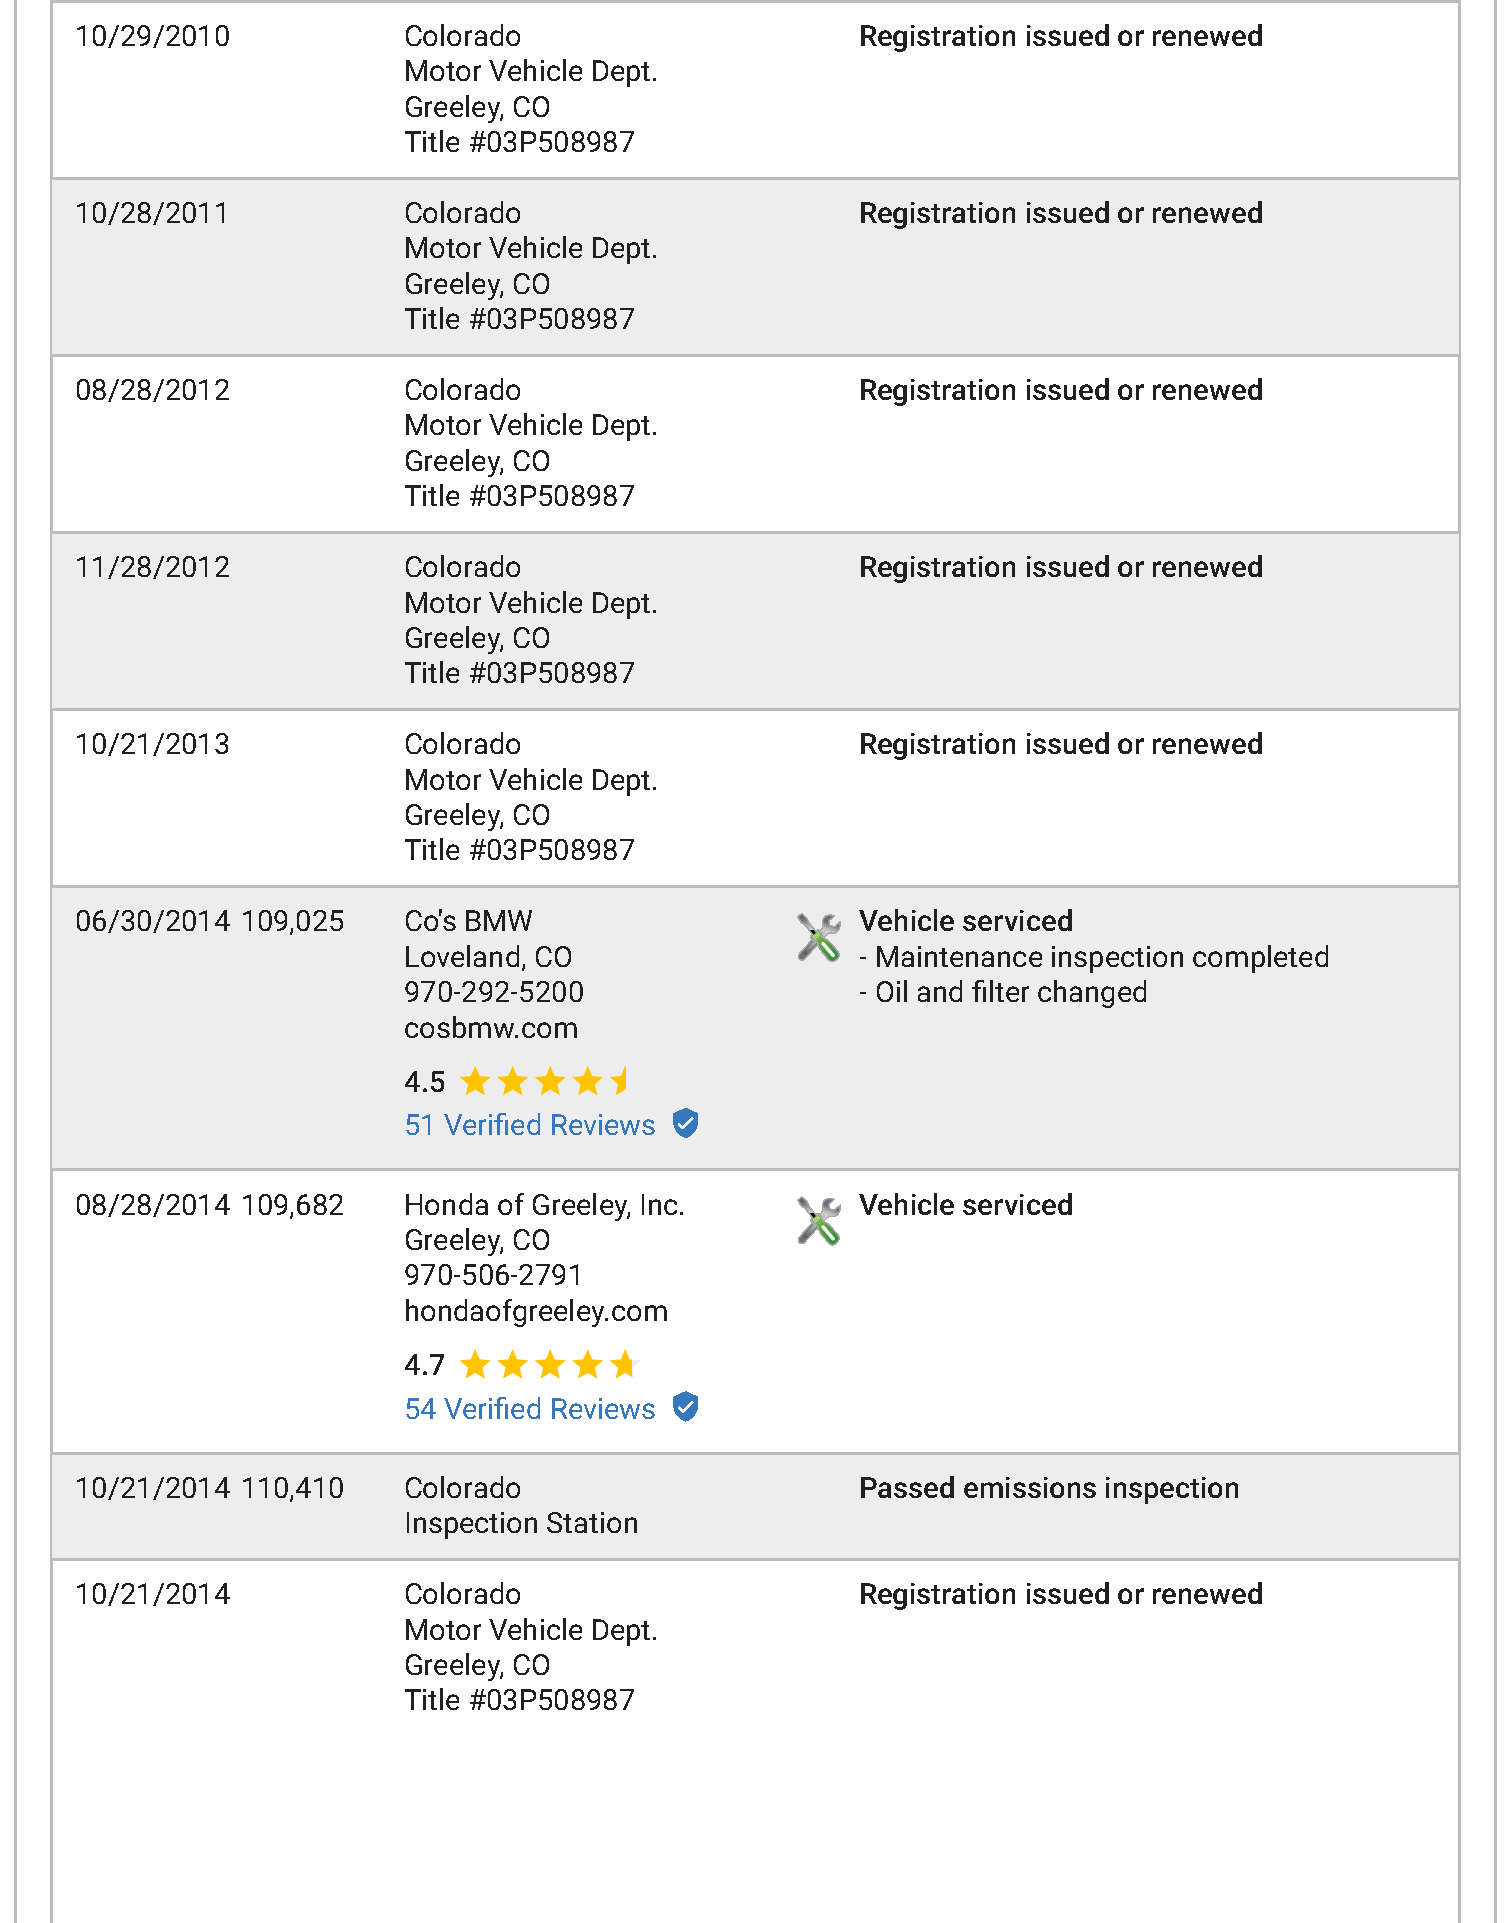
10/29/2010            Colorado                      Registration issued or renewed
 Motor Vehicle Dept.
 Greeley, CO
 Title #03P508987
 10/28/2011            Colorado                      Registration issued or renewed
 Motor Vehicle Dept.
 Greeley, CO
 Title #03P508987
 08/28/2012            Colorado                      Registration issued or renewed
 Motor Vehicle Dept.
 Greeley, CO
 Title #03P508987
 11/28/2012            Colorado                      Registration issued or renewed
 Motor Vehicle Dept.
 Greeley, CO
 Title #03P508987
 10/21/2013            Colorado                      Registration issued or renewed
 Motor Vehicle Dept.
 Greeley, CO
 Title #03P508987
 06/30/2014 109,025    Co's BMW                      Vehicle serviced
 Loveland, CO                  - Maintenance inspection completed
 970-292-5200                  - Oil and dlter changed
 cosbmw.com
 4.5
 51 Verided Reviews
 08/28/2014 109,682    Honda of Greeley, Inc.        Vehicle serviced
 Greeley, CO
 970-506-2791
 hondaofgreeley.com
 4.7
 54 Verided Reviews
 10/21/2014 110,410    Colorado                      Passed emissions inspection
 Inspection Station
 10/21/2014            Colorado                      Registration issued or renewed
 Motor Vehicle Dept.
 Greeley, CO
 Title #03P508987